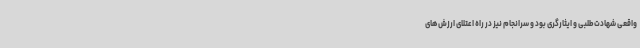
واقعی شهادت‌طلبی و ایثارگری بود و سرانجام نیز در راه اعتلای ارزش‌های